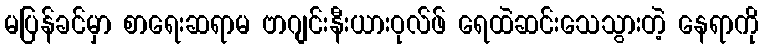
မပြန်ခင်မှာ စာရေးဆရာမ ဗာဂျင်းနီးယားဝုလ်ဖ် ရေထဲဆင်းသေသွားတဲ့ နေရာကို